Medical and sanitary report of the native army of Madras for the year
Year: 1872
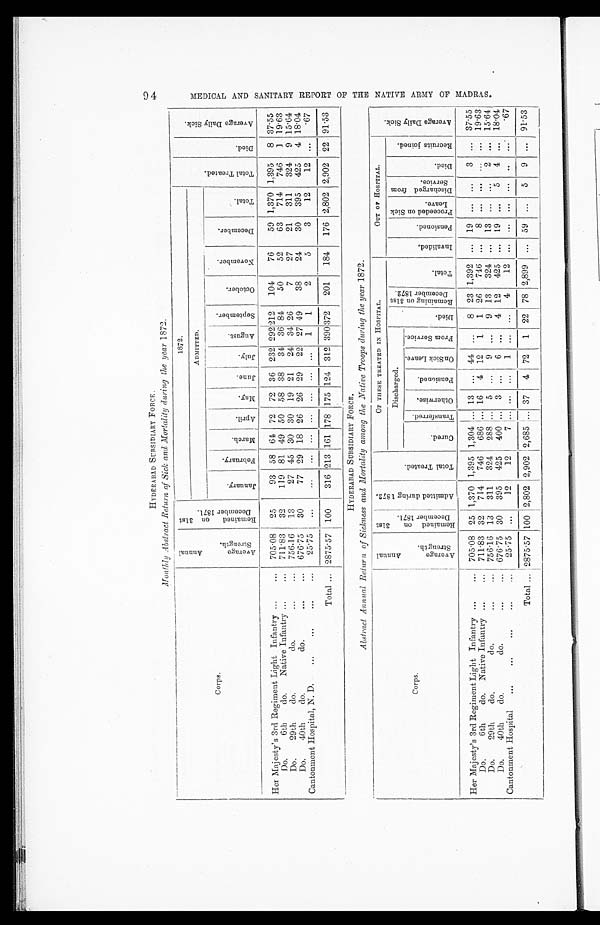
HYDERABAD SUBSIDIARY FORCE.
Monthly Abstract Return of Sick and Mortality during the year 1872.
Corps.
A v e r a g e A n n u a l
S t r e n g t h .
R e m a i n e d o n 3 1 s t
D e c e m b e r 1 8 7 1 .
1872.
T o t a l T r e a t e d .
D i e d .
A v e r a g e D a i l y S i c k .
ADMITTED.
J a n u a r y .
F e b r u a r y .
M a r c h .
A p r i l .
M a y .
J u n e . J u l y .
A u g u s t .
S e p t e m b e r .
O c t o b e r .
N o v e m b e r .
D e m c e m b e r .
T o t a l .
Her Majesty's 3rd Regiment Light Infantry
705.08 25
93 58 64 72 72 36 232 292 212 104 76 59 1,370 1,395 8 37.55
Do. 6th do. Native Infantry
711.83 32
119 81 49 50 58 88 34 36 84 50 52 63 714 746 1 19.63
Do. 29th do. do.
756.16 13
27 45 30 30 19 21 24 34 26
7 27 21 311 324 9 15.64
Do. 40th do. do.
676.75 30
77 29 18 26 26 29 22 27 49 38 24 30 395 425 4 18.04
Cantonment Hospital, N. D.
25.75
1 1
2
5
3
12 12
.67
Total
2875.57 100 316 213 161 178 175 124 312 390 372 201 184 176 2,802 2,902 22 91.53
HYDERABAD SUBSIDIARY FORCE.
Abstract Annual Return of Sickness and Mortality among the Native Troops during the year 1872.
Corps.
A v e r a g e A n n u a l
S t r e n g t h .
R e m a i n e d o n 3 1 s t
D e c e m b e r 1 8 7 1 .
A d m i t t e d d u r i n g 1 8 7 2 .
T o t a l T r e a t e d .
OF THESE TREATED IN HOSPITAL.
OUT OF HOSPITAL.
Discharged.
D i e d . R e m a i n i n g o n 3 1 s t
D e c e m b e r 1 8 7 2 . T o t a l .
I n v a l i d e d . P e n s i o n e d .
P r o c e e d e d o n S i c k
L e a v e .
D i s c h a r g e d f r o m
S e r v i c e .
D i e d .
R e c r u i t s j o i n e d .
A v e r a g e D a i l y S i c k .
C u r e d .
T r a n s f e r r e d . O t h e r w i s e .
P e n s i o n e d .
O n S i c k L e a v e .
F r o m S e r v i c e .
Her Majesty's 3rd Regiment Light Infantry
705.08 25 1,370 1,395 1,304
13
44
8 23 1,392
19
3
37.55
Do. 6th do. Native Infantry
711.83 32 714 746 686
16 4 12 1 1 26 746
8
19.63
Do. 29th do. do.
756.16 13 311 324 288
5
9
9 13 324
13
2
15.64
Do. 40th do. do.
676.75 30 395 425 400
3
6
4 12 425
19
5 4
18.04
Cantonment Hospital
2 5 . 7 5
12
12
7
1
4 12
.67
Total 2875.57 100 2,802 2,902 2,685
37 4 72 1 22 78 2,899
59
5 9
91.53
94
M E D I C A L A N D S A N I T A R Y R E P O R T O F T H E N A T I V E A R M Y O F M A D R A S .